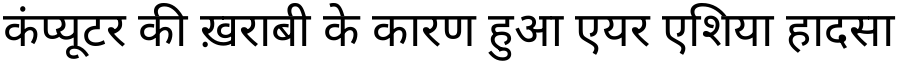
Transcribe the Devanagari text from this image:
कंप्यूटर की ख़राबी के कारण हुआ एयर एशिया हादसा